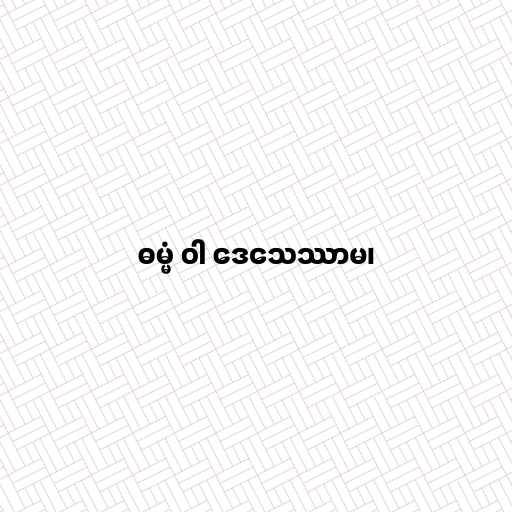
ဓမ္မံ ဝါ ဒေသေဿာမ၊